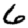
Digit: 6